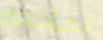
المقدمة